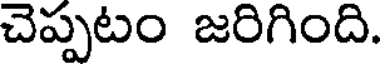
చెప్పటం జరిగింది.